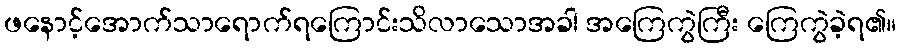
ဖနောင့်အောက်သာရောက်ရကြောင်းသိလာသောအခါ အကြေကွဲကြီး ကြေကွဲခဲ့ရ၏။